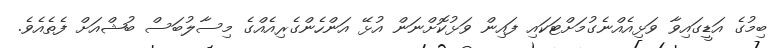
ބިމުގެ އަޑީގައިވާ ވަޅިއެއްނެގުމަށްޓަކައި ފައިން ވަޅުކޮށްނަން އުޅޭ އަންހެންގެރިއެއްގެ މިސާލުބަސް ބުޝްއަށް ފެތެއެވެ.